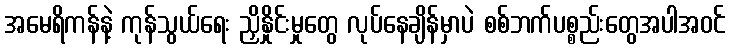
အမေရိကန်နဲ့ ကုန်သွယ်ရေး ညှိနှိုင်းမှုတွေ လုပ်နေချိန်မှာပဲ စစ်ဘက်ပစ္စည်းတွေအပါအဝင်